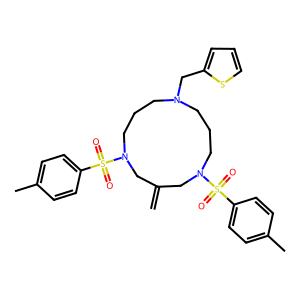
SMILES: C=C1CN(S(=O)(=O)c2ccc(C)cc2)CCCN(Cc2cccs2)CCCN(S(=O)(=O)c2ccc(C)cc2)C1
Inhibits HIV replication: No